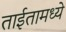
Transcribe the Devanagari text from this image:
ताईतामध्ये